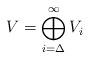
LaTeX: \begin{align*}V&=\bigoplus_{i=\Delta}^{\infty}V_i\end{align*}